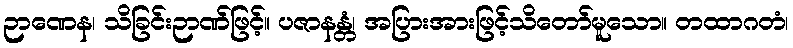
ဉာဏေန၊ သိခြင်းဉာဏ်ဖြင့်။ ပဇာနန္တံ၊ အပြားအားဖြင့်သိတော်မူသော။ တထာဂတံ၊